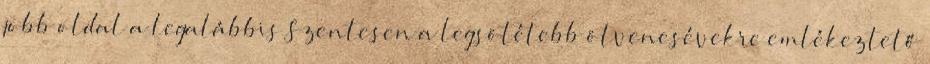
jobb oldal a legalábbis Szentesen a legsötétebb ötvenesévekre emlékeztető